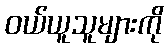
ဝယ်ယူသူများကို